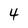
Character: 4